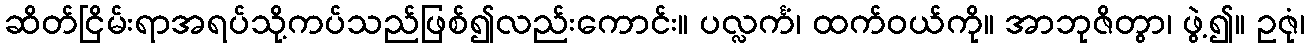
ဆိတ်ငြိမ်းရာအရပ်သို့ကပ်သည်ဖြစ်၍လည်းကောင်း။ ပလ္လင်္ကံ၊ ထက်ဝယ်ကို။ အာဘုဇိတွာ၊ ဖွဲ့၍။ ဥဇုံ၊